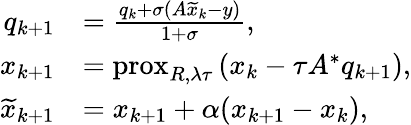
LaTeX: \begin{array}{rl}{q_{k+1}}&{=\frac{q_{k}+\sigma(A\widetilde{x}_{k}-y)}{1+\sigma},}\\ {x_{k+1}}&{=\mathrm{prox}_{R,\lambda\tau}\left(x_{k}-\tau A^{*}q_{k+1}\right),}\\ {\widetilde{x}_{k+1}}&{=x_{k+1}+\alpha(x_{k+1}-x_{k}),}\end{array}